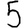
Digit: 5